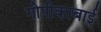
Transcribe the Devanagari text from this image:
गोपीकाबाई